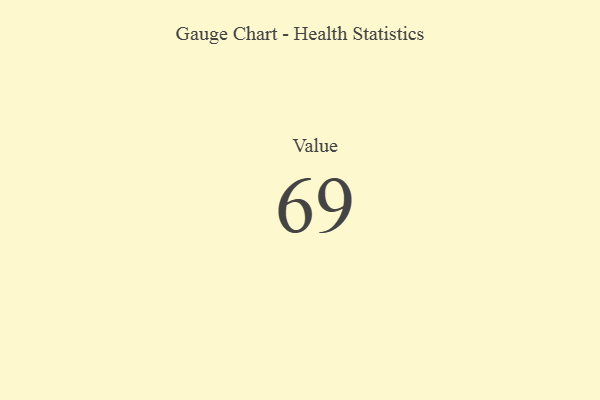
{"axis": {"x": "Metric", "y": "Value"}, "legend": [""], "data": [{"x": "Value", "y": 69, "type": ""}]}